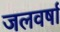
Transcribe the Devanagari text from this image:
जलवर्षा